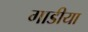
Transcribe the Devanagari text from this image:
गाडीया